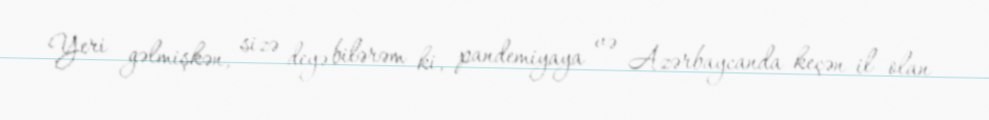
Yeri gəlmişkən, sizə deyə bilərəm ki, pandemiyaya və Azərbaycanda keçən il olan